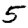
Digit: 5